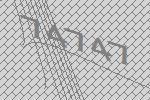
74747